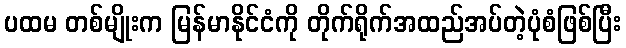
ပထမ တစ်မျိုးက မြန်မာနိုင်ငံကို တိုက်ရိုက်အထည်အပ်တဲ့ပုံစံဖြစ်ပြီး